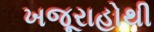
ખજૂરાહોથી